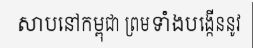
សាបនៅកម្ពុជា ព្រមទាំងបង្កើននូវ